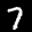
Label: 7